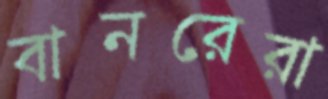
বানরেরা